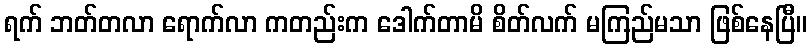
ရက် ဘတ်တလာ ရောက်လာ ကတည်းက ဒေါက်တာမိ စိတ်လက် မကြည်မသာ ဖြစ်နေပြီ။